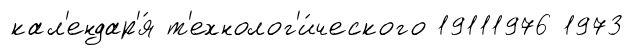
кал'ендар'я́ т'ехнолог'и́ческого 19111976 1973